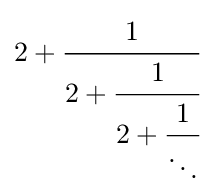
2+{\cfrac {1}{2+{\cfrac {1}{2+{\cfrac {1}{\ddots }}}}}}